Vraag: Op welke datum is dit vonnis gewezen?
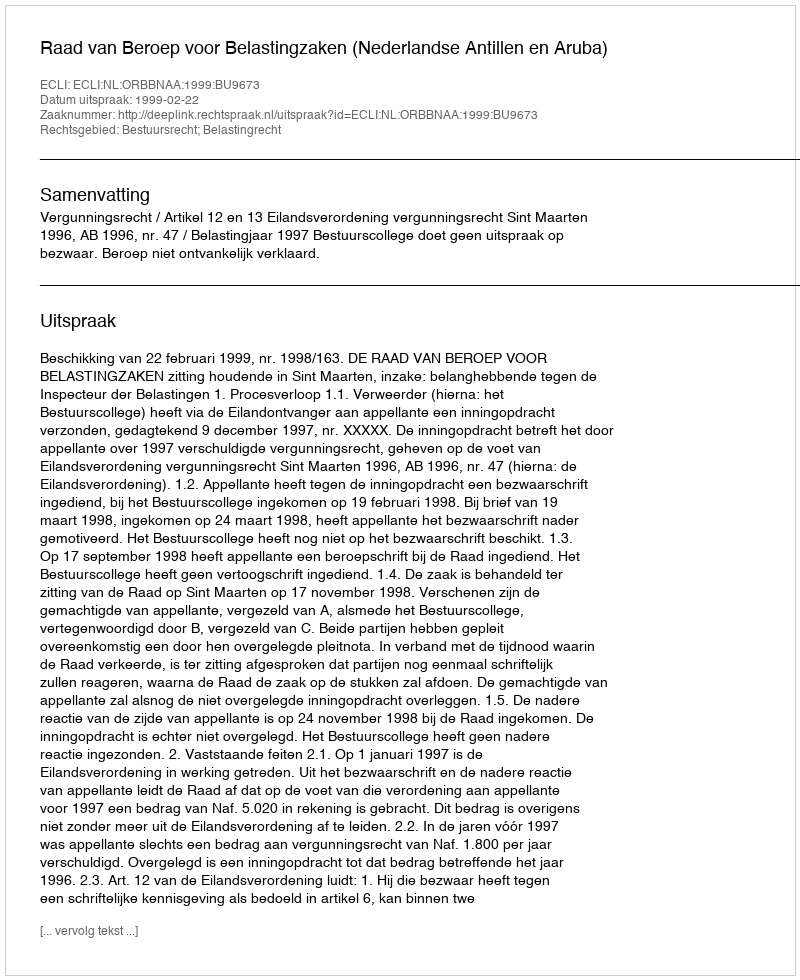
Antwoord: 1999-02-22